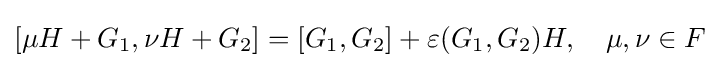
[\mu H+G_{1},\nu H+G_{2}]=[G_{1},G_{2}]+\varepsilon (G_{1},G_{2})H,\quad \mu ,\nu \in F